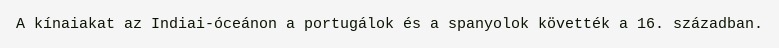
A kínaiakat az Indiai-óceánon a portugálok és a spanyolok követték a 16. században.